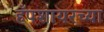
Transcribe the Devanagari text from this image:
हँपशायरच्या